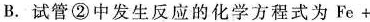
B.试管②中发生反应的化学方程式为Fe+